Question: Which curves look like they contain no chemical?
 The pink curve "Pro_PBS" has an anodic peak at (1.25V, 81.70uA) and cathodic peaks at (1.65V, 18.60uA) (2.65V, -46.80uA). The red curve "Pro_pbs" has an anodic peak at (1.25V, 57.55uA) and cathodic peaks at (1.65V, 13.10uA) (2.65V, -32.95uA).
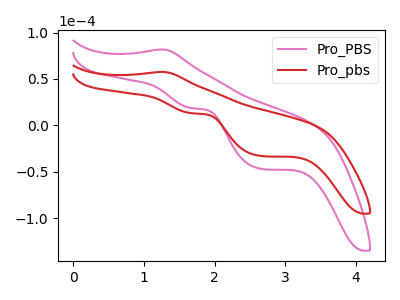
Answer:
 <answer>There are not any CV's on this graph that are likely to be blanks.</answer>
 <eval>none</eval>